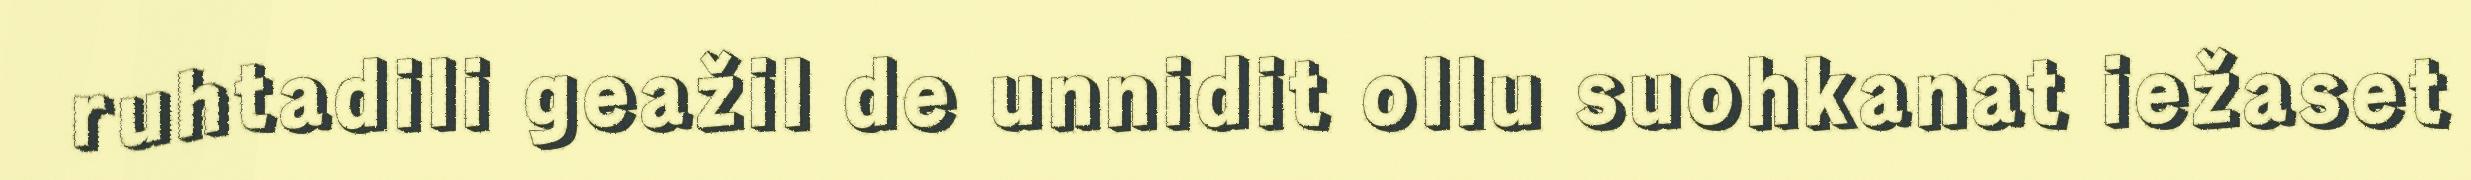
ruhtadili geažil de unnidit ollu suohkanat iežaset